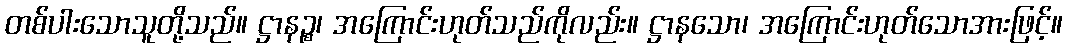
တစ်ပါးသောသူတို့သည်။ ဋ္ဌာနဉ္စ၊ အကြောင်းဟုတ်သည်ကိုလည်း။ ဋ္ဌာနသော၊ အကြောင်းဟုတ်သောအားဖြင့်။